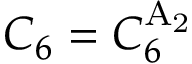
C _ { 6 } = C _ { 6 } ^ { \mathrm { A _ { 2 } } }